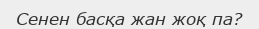
Сенен басқа жан жоқ па?